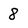
Character: 8